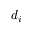
d _ { i }